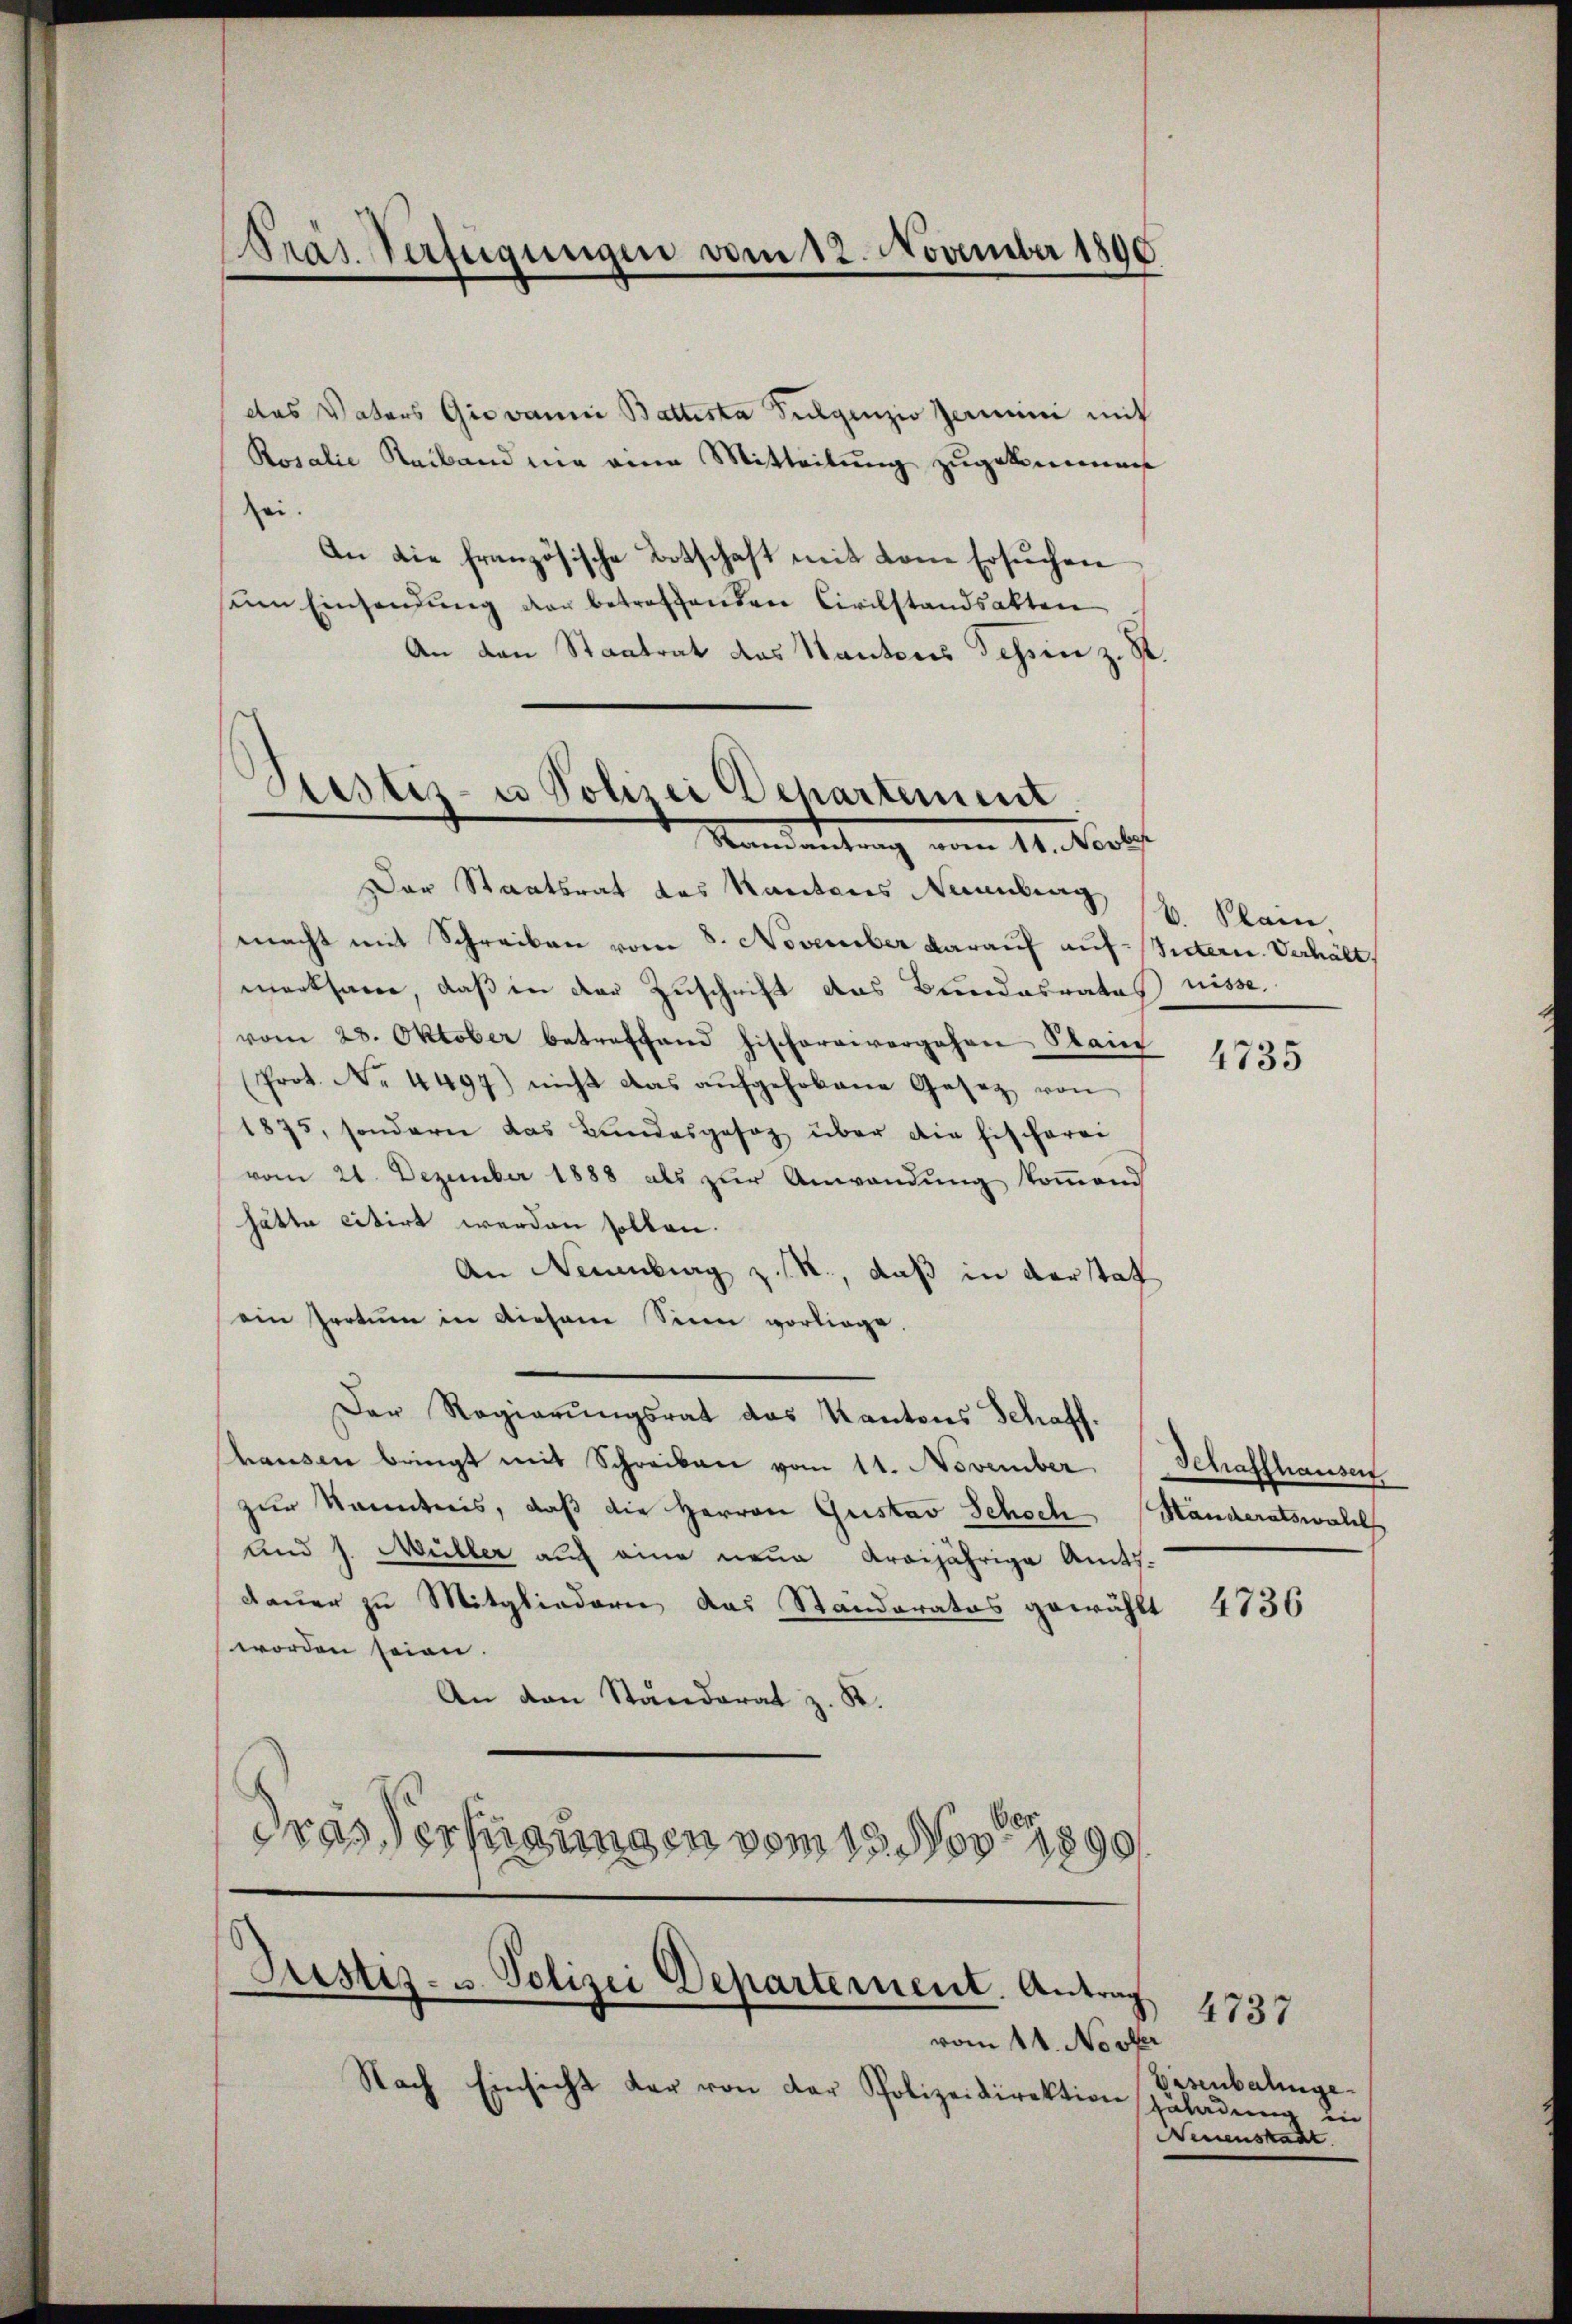
Präs. Verfügungen vom 12. November 1890

das Vaters Giovanna Battesta Fulgenzio Zermini mit
Rosalie Reiband nie eine Mitteilung zugekommen
sei.
An die französische Botschaft mit dem Ersuchen
sein Einsendung der betreffenden Civilstandsakten
An den Staatrat das Hautens dessen z. R.
Der Staatsrat des Kantons Neuenburg,
macht mit Schreiben vom 8. November darauf auf Sutern Verhält,
merksame, daß in der Zuschrift das Bundesrates nisse.
vom 23. Oktober betreffend hischarrivergehen Plain
Prot. No. 4497) nicht das aufgehobene Gesetz von
1875, sondern das Bundesgesetz über die Fischerei
vom 21. Dezember 1888 als zur Anwendung kommend
hätte citirt werden sollen.
An Neuenburg z. R., daß in derstat
ein Irrtum in diesem Sinn vorliege.
Der Regierungsrat das Kantons Schaffhause bringt mit Schreiben vom 11. November. (Schaffhausen
zur Kenntnis, daß die Herren Gustav Schoch Handeratswahl
und J. Müller auf eine neue Areijährige Amts-
Dauer zu Mitgliedern das Standeratos gewählt
worden seien.
An den Standerat z. R.
dras Verfügungen vom 18. Nov. 1890

Bestiz- u Polizei Departement
Mandankung vom 11. Verles

Justiz- u. Polizei Departement. Antrag

vom 14. Novber
Nach Einsicht der von der Polizeidirektion

v. Plain.

4735

4736

Gasenbalige
fäladum in
Neuenstadt

4737